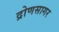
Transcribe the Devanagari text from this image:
द्रोणसागर